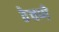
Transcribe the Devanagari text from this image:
ठेचणे